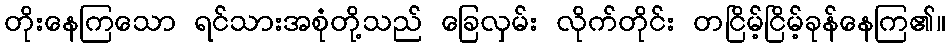
တိုးနေကြသော ရင်သားအစုံတို့သည် ခြေလှမ်း လိုက်တိုင်း တငြိမ့်ငြိမ့်ခုန်နေကြ၏။